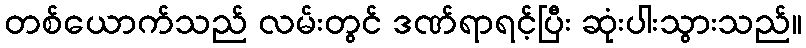
တစ်ယောက်သည် လမ်းတွင် ဒဏ်ရာရင့်ပြီး ဆုံးပါးသွားသည်။